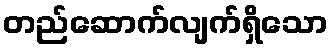
တည်ဆောက်လျက်ရှိသော